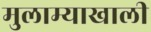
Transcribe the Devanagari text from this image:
मुलाम्याखाली